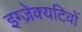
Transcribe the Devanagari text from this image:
इग्ज़ेक्यटिवों